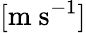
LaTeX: [\mathrm{m~s^{-1}}]